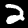
Digit: 2